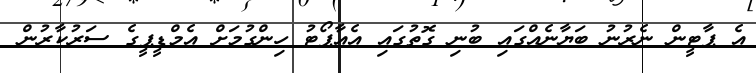
އެ ޕާޓީން ނެރުނު ބަޔާނެއްގައި ބުނި ގޮތުގައި އެއާޕޯޓު ހިންގުމަށް އެމްޑީޕީގެ ސަރުކާރުން